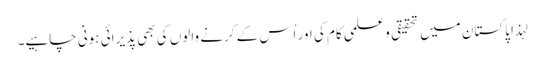
لہذا پاکستان میں تحقیقی وعلمی کام کی اور اُس کے کرنے والوں کی بھی پذیرائی ہونی چاہیے۔